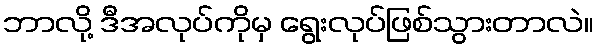
ဘာလို့ ဒီအလုပ်ကိုမှ ရွေးလုပ်ဖြစ်သွားတာလဲ။